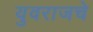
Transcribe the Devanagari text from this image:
युवराजचे